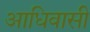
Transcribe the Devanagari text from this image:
आधिवासी